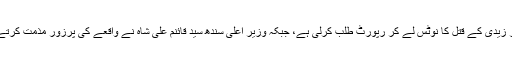
علاوہ ازیں وزیر اعظم نواز شریف نے ڈی ایس پی ذوالفقار زیدی کے قتل کا نوٹس لے کر رپورٹ طلب کرلی ہے، جبکہ وزیر اعلیٰ سندھ سید قائنم علی شاہ نے واقعے کی پرزور مذمت کرتے ہوئے ملزمان کی جلد ازجلد گرفتاری کی ہدایات دی ہیں۔